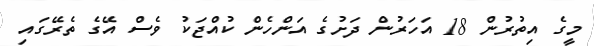
މީގެ އިތުރުން 18 އަހަރުން ދަށުގެ އަންހެން ކުއްޖަކު ވެސް އޭގެ ތެރޭގައި